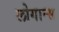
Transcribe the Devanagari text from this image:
लोगान्स